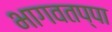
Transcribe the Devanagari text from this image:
भागवतप्पा